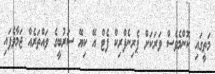
މަތީގައި ކޮންމެވެސް ވަރަކަށް ޕެރިނެފްރިކް ފެޓް އޭ ކިޔޭ ސަރުބީގެ ވައްތަރެއް ޖަމާވެފައި